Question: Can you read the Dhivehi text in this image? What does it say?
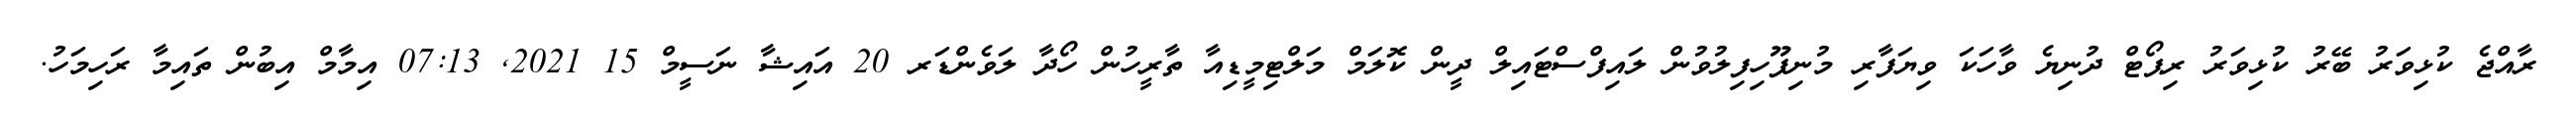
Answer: ރާއްޖެ ކުޅިވަރު ބޭރު ކުޅިވަރު ރިޕޯޓް ދުނިޔެ ވާހަކަ ވިޔަފާރި މުނިފޫހިފިލުވުން ލައިފްސްޓައިލް ދީން ކޮލަމް މަލްޓިމީޑިއާ ތާރީހުން ހޯދާ ލަވެންޑަރ 20 އައިޝާ ނަސީމް 15 2021, 07:13 އިމާމް އިބުން ތައިމާ ރަހިމަހު.